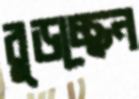
বুড়চ্ছেন